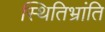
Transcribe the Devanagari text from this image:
स्थितिभ्रांति